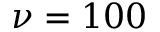
\nu = 1 0 0